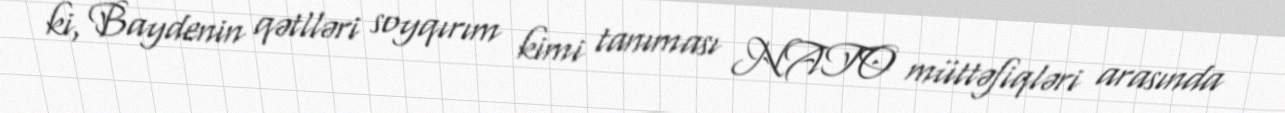
ki, Baydenin qətlləri soyqırım kimi tanıması NATO müttəfiqləri arasında